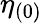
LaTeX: \eta_{(0)}